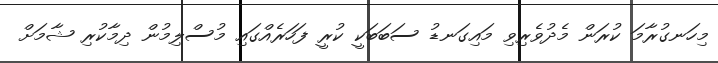
މިހަނގުރާމަ ކުރަން މެދުވެރިވި މައިގަނޑު ސަބަބަކީ ކުރީ ފަހަރެއްގައި މުސްލިމުން ދިމާކުރި ޝާމަށް